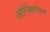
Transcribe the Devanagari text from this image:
ऑरिक्टिरोपस